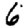
Digit: 6